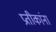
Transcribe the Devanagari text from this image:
प्रतीकांना